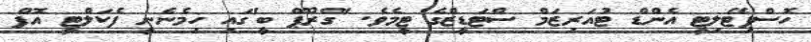
ހޮސްޕިޓޭލިޓީ އެންޑް ޓުއަރިޒަމް ސްޓަޑީޒްގެ ޓީމެވެ. 'ގްރޫޕް ބީ'ގައި ހިމެނެނީ ފެކަލްޓީ އޮފް